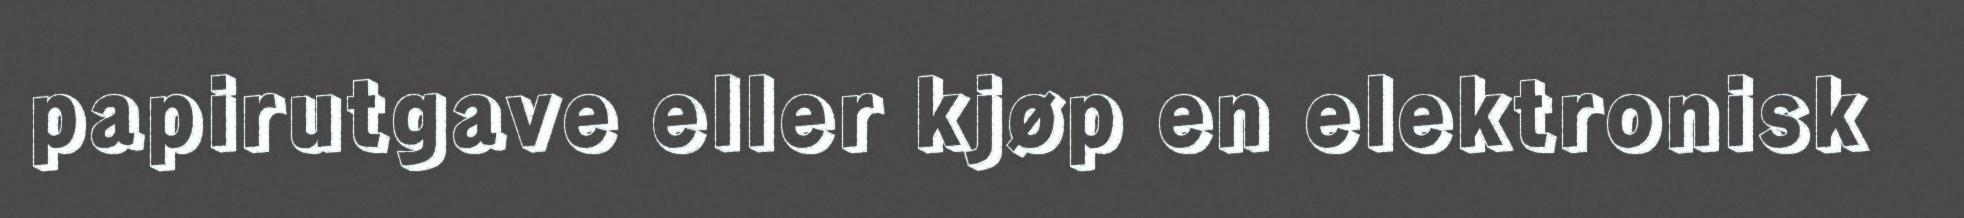
papirutgave eller kjøp en elektronisk